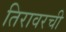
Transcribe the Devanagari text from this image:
तिरावरची